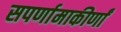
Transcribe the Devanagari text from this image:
सपर्णामाकीर्णां